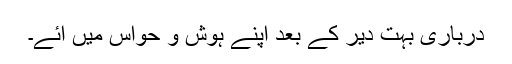
درباری بہت دیر کے بعد اپنے ہوش و حواس میں آئے۔